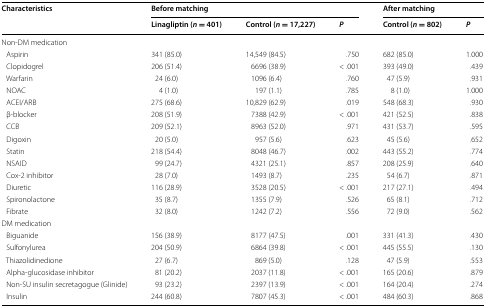
<table><thead><tr><td rowspan="2"><b>Characteristics</b></td><td colspan="3"><b>Before matching</b></td><td colspan="2"><b>After matching</b></td></tr><tr><td><b>Linagliptin (<i>n</i> = 401)</b></td><td><b>Control (<i>n</i> = 17,227)</b></td><td><b><i>P</i></b></td><td><b>Control (<i>n</i> = 802)</b></td><td><b><i>P</i></b></td></tr></thead><tbody><tr><td colspan="6">Non-DM medication</td></tr><tr><td> Aspirin</td><td>341 (85.0)</td><td>14,549 (84.5)</td><td>.750</td><td>682 (85.0)</td><td>1.000</td></tr><tr><td> Clopidogrel</td><td>206 (51.4)</td><td>6696 (38.9)</td><td>&lt; .001</td><td>393 (49.0)</td><td>.439</td></tr><tr><td> Warfarin</td><td>24 (6.0)</td><td>1096 (6.4)</td><td>.760</td><td>47 (5.9)</td><td>.931</td></tr><tr><td> NOAC</td><td>4 (1.0)</td><td>197 (1.1)</td><td>.785</td><td>8 (1.0)</td><td>1.000</td></tr><tr><td> ACEI/ARB</td><td>275 (68.6)</td><td>10,829 (62.9)</td><td>.019</td><td>548 (68.3)</td><td>.930</td></tr><tr><td> β-blocker</td><td>208 (51.9)</td><td>7388 (42.9)</td><td>&lt; .001</td><td>421 (52.5)</td><td>.838</td></tr><tr><td> CCB</td><td>209 (52.1)</td><td>8963 (52.0)</td><td>.971</td><td>431 (53.7)</td><td>.595</td></tr><tr><td> Digoxin</td><td>20 (5.0)</td><td>957 (5.6)</td><td>.623</td><td>45 (5.6)</td><td>.652</td></tr><tr><td> Statin</td><td>218 (54.4)</td><td>8048 (46.7)</td><td>.002</td><td>443 (55.2)</td><td>.774</td></tr><tr><td> NSAID</td><td>99 (24.7)</td><td>4321 (25.1)</td><td>.857</td><td>208 (25.9)</td><td>.640</td></tr><tr><td> Cox-2 inhibitor</td><td>28 (7.0)</td><td>1493 (8.7)</td><td>.235</td><td>54 (6.7)</td><td>.871</td></tr><tr><td> Diuretic</td><td>116 (28.9)</td><td>3528 (20.5)</td><td>&lt; .001</td><td>217 (27.1)</td><td>.494</td></tr><tr><td> Spironolactone</td><td>35 (8.7)</td><td>1355 (7.9)</td><td>.526</td><td>65 (8.1)</td><td>.712</td></tr><tr><td> Fibrate</td><td>32 (8.0)</td><td>1242 (7.2)</td><td>.556</td><td>72 (9.0)</td><td>.562</td></tr><tr><td colspan="6">DM medication</td></tr><tr><td> Biguanide</td><td>156 (38.9)</td><td>8177 (47.5)</td><td>.001</td><td>331 (41.3)</td><td>.430</td></tr><tr><td> Sulfonylurea</td><td>204 (50.9)</td><td>6864 (39.8)</td><td>&lt; .001</td><td>445 (55.5)</td><td>.130</td></tr><tr><td> Thiazolidinedione</td><td>27 (6.7)</td><td>869 (5.0)</td><td>.128</td><td>47 (5.9)</td><td>.553</td></tr><tr><td> Alpha-glucosidase inhibitor</td><td>81 (20.2)</td><td>2037 (11.8)</td><td>&lt; .001</td><td>165 (20.6)</td><td>.879</td></tr><tr><td> Non-SU insulin secretagogue (Glinide)</td><td>93 (23.2)</td><td>2397 (13.9)</td><td>&lt; .001</td><td>164 (20.4)</td><td>.274</td></tr><tr><td> Insulin</td><td>244 (60.8)</td><td>7807 (45.3)</td><td>&lt; .001</td><td>484 (60.3)</td><td>.868</td></tr></tbody></table>